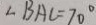
\angle B A C = 7 0 ^ { \circ }